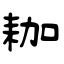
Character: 耞